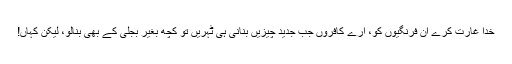
خدا غارت کرے ان فرنگیوں کو، ارے کافروں جب جدید چیزیں بنانی ہی ٹہریں تو کچھ بغیر بجلی کے بھی بنالو، لیکن کہاں!